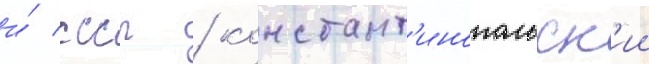
и́ ссср / констант'инопольск'ии